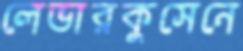
লেভারকুসেনে